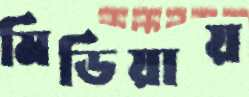
মিডিয়ায়